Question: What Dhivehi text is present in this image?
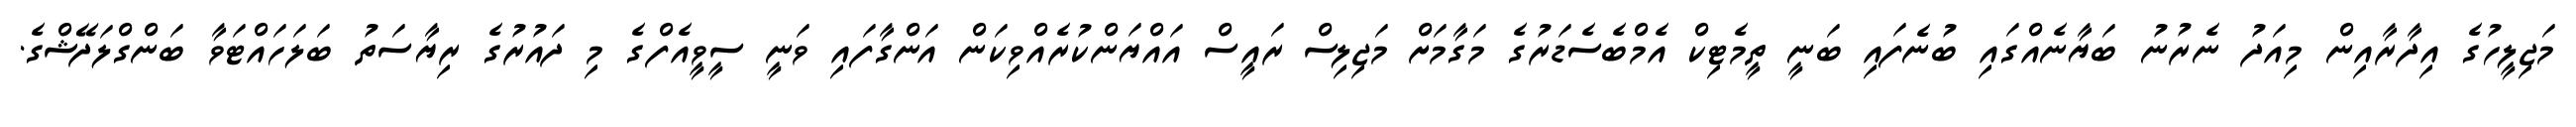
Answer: މަޖިލީހުގެ އިދާރާއިން މިއަދު ނެރުނު ބަޔާނެއްގައި ބުނެފައި ބަނީ ތީމެޓިކް އެމްބެސެޑަރުގެ މަގާމަށް މަޖިލިސް ރައީސް އައްޔަންކުރެއްވިކަން އަންގާފައި ވަނީ ސީވީއެފްގެ މި ދައުރުގެ ރިޔާސަތު ބަލަހައްޓަވާ ބަންގްލަދޭޝްގެ.